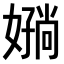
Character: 𫱪